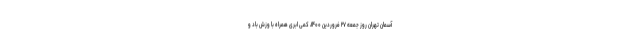
آسمان تهران روز جمعه ۲۷ فروردین ۱۴۰۰، کمی ابری همراه با وزش باد و